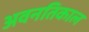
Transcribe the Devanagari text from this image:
अवनतिकाल